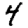
Digit: 4